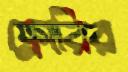
ফ্লোরির